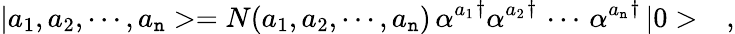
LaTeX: |a_{1},a_{2},\cdots,a_{\mathtt{n}}>=N(a_{1},a_{2},\cdots,a_{\mathtt{n}})\, {\alpha^{a_{1}}}^{\dagger}{\alpha^{a_{2}}}^{\dagger}\, \cdots\, {\alpha^{a_{\mathtt{n}}}}^{\dagger}\, |0>\ \ \ ,